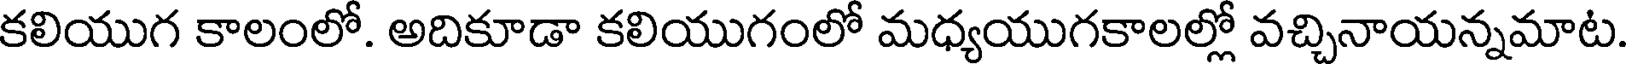
కలియుగ కాలంలో. అదికూడా కలియుగంలో మధ్యయుగకాలల్లో వచ్చినాయన్నమాట.